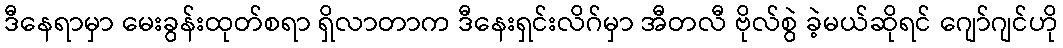
ဒီနေရာမှာ မေးခွန်းထုတ်စရာ ရှိလာတာက ဒီနေးရှင်းလိဂ်မှာ အီတလီ ဗိုလ်စွဲ ခဲ့မယ်ဆိုရင် ဂျော်ဂျင်ဟို